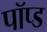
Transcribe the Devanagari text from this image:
पॉप्ड